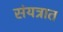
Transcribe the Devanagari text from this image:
संयत्रात